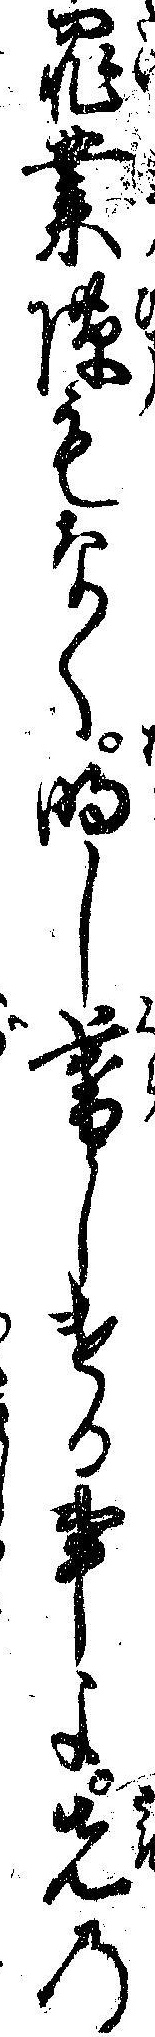
罪業隙もなく明し暮しける事よ先の